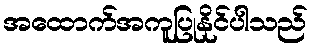
အထောက်အကူပြုနိုင်ပါသည်